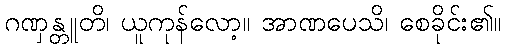
ဂဏှန္တူတိ၊ ယူကုန်လော့။ အာဏပေသိ၊ စေခိုင်း၏။